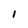
Character: l